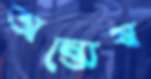
অন্ত্যেষ